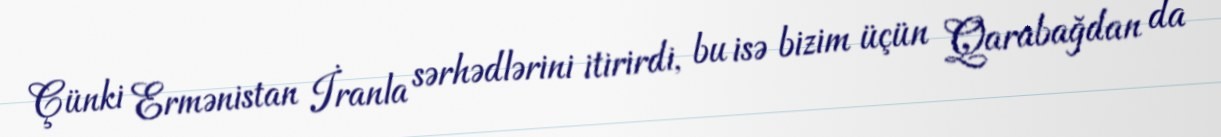
Çünki Ermənistan İranla sərhədlərini itirirdi, bu isə bizim üçün Qarabağdan da